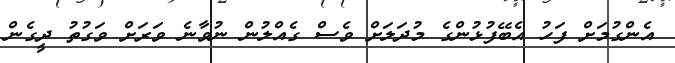
އެންގުމަށް ފަހު އެބޭފުޅުންގެ މުދަލަށް ވެސް ގެއްލުން ނުވާނެ ވަރަށް ވަގުތު ދީގެން